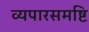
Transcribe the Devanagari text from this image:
व्यपारसमष्टि